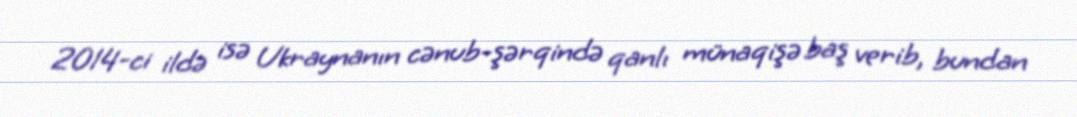
2014-ci ildə isə Ukraynanın cənub-şərqində qanlı münaqişə baş verib, bundan